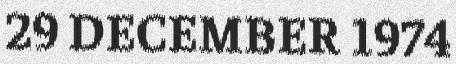
29 DECEMBER 1974